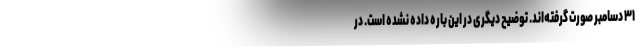
۳۱ دسامبر صورت گرفته‌اند. توضیح دیگری در این باره داده نشده است. در